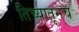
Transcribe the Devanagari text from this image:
तिच्यातूनच